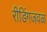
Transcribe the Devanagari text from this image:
रीडिंगजवळ